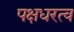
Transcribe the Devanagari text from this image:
पक्षधरत्व